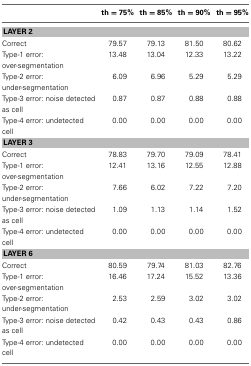
<table><thead><tr><td></td><td><b>th = 75%</b></td><td><b>th = 85%</b></td><td><b>th = 90%</b></td><td><b>th = 95%</b></td></tr></thead><tbody><tr><td colspan="5"><b>LAYER 2</b></td></tr><tr><td>Correct</td><td>79.57</td><td>79.13</td><td>81.50</td><td>80.62</td></tr><tr><td>Type-1 error: over-segmentation</td><td>13.48</td><td>13.04</td><td>12.33</td><td>13.22</td></tr><tr><td>Type-2 error: under-segmentation</td><td>6.09</td><td>6.96</td><td>5.29</td><td>5.29</td></tr><tr><td>Type-3 error: noise detected as cell</td><td>0.87</td><td>0.87</td><td>0.88</td><td>0.88</td></tr><tr><td>Type-4 error: undetected cell</td><td>0.00</td><td>0.00</td><td>0.00</td><td>0.00</td></tr><tr><td colspan="5"><b>LAYER 3</b></td></tr><tr><td>Correct</td><td>78.83</td><td>79.70</td><td>79.09</td><td>78.41</td></tr><tr><td>Type-1 error: over-segmentation</td><td>12.41</td><td>13.16</td><td>12.55</td><td>12.88</td></tr><tr><td>Type-2 error: under-segmentation</td><td>7.66</td><td>6.02</td><td>7.22</td><td>7.20</td></tr><tr><td>Type-3 error: noise detected as cell</td><td>1.09</td><td>1.13</td><td>1.14</td><td>1.52</td></tr><tr><td>Type-4 error: undetected cell</td><td>0.00</td><td>0.00</td><td>0.00</td><td>0.00</td></tr><tr><td colspan="5"><b>LAYER 6</b></td></tr><tr><td>Correct</td><td>80.59</td><td>79.74</td><td>81.03</td><td>82.76</td></tr><tr><td>Type-1 error: over-segmentation</td><td>16.46</td><td>17.24</td><td>15.52</td><td>13.36</td></tr><tr><td>Type-2 error: under-segmentation</td><td>2.53</td><td>2.59</td><td>3.02</td><td>3.02</td></tr><tr><td>Type-3 error: noise detected as cell</td><td>0.42</td><td>0.43</td><td>0.43</td><td>0.86</td></tr><tr><td>Type-4 error: undetected cell</td><td>0.00</td><td>0.00</td><td>0.00</td><td>0.00</td></tr></tbody></table>